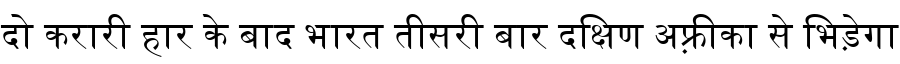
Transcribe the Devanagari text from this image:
दो करारी हार के बाद भारत तीसरी बार दक्षिण अफ़्रीका से भिड़ेगा